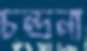
চন্দ্রনা